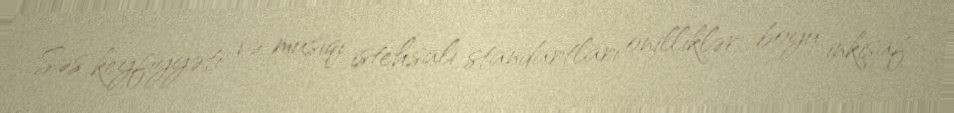
Səs keyfiyyəti və musiqi istehsalı standartları onilliklər boyu inkişaf